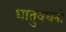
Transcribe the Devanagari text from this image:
धातुवर्धनी